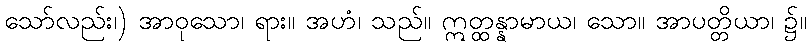
သော်လည်း၊) အာဝုသော၊ ရား။ အဟံ၊ သည်။ ဣတ္ထန္နာမာယ၊ သော။ အာပတ္တိယာ၊ ၌။